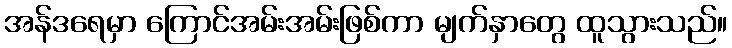
အန်ဒရေမှာ ကြောင်အမ်းအမ်းဖြစ်ကာ မျက်နှာတွေ ထူသွားသည်။